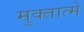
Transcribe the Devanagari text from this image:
मुक्तात्मे